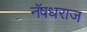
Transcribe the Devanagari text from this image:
नॅषधराज